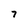
Character: 7